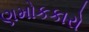
ણમોકકારો